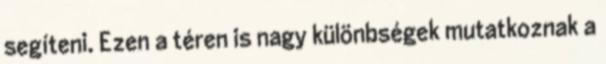
segíteni. Ezen a téren is nagy különbségek mutatkoznak a